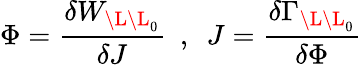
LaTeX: \Phi=\frac{\delta W_{\L\L_{0}}}{\delta J}~~,~~J=\frac{\delta\Gamma_{\L\L_{0}}}{\delta\Phi}